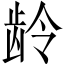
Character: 龄